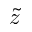
\tilde { z }